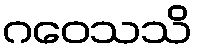
ဂဝေသသိ